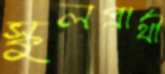
স্কুলপ্রার্থী